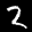
Label: 2